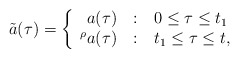
\begin{align*}\tilde a(\tau) = \left\{ \begin{array}{r@{\quad:\quad}l} a(\tau) & 0 \leq \tau \leq t_1 \\ {}^\rho a(\tau) & t_1 \leq \tau \leq t, \end {array} \right.\end{align*}